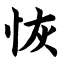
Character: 恢